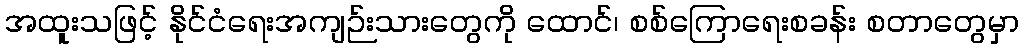
အထူးသဖြင့် နိုင်ငံရေးအကျဉ်းသားတွေကို ထောင်၊ စစ်ကြောရေးစခန်း စတာတွေမှာ